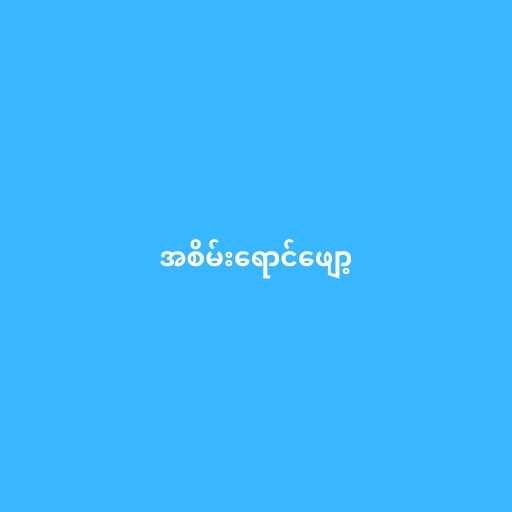
အစိမ်းရောင်ဖျော့